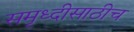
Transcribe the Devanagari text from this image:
समृध्दीसाठीच